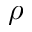
\rho